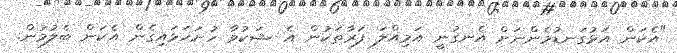
"އެކަން އަޅުގަނޑުމެންނަށް އެނގުނީ އަމިއްލަ ފަރާތަކުން އެ ޝަކުވާ ހުށަހަޅައިގެން އެކަން ބެލުމުން.